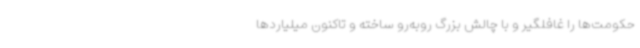
حکومت‌ها را غافلگیر و با چالش بزرگ روبه‌رو ساخته و تاکنون میلیاردها